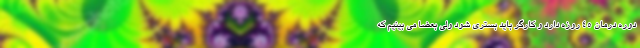
دوره درمان ۴۵ روزه دارد و کارگر باید بستری شود ولی بعضا می بینیم که